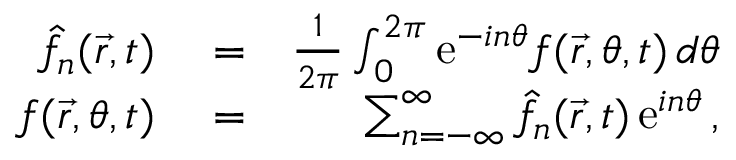
\begin{array} { r l r } { \hat { f } _ { n } ( \vec { r } , t ) } & { { } = } & { { \frac { 1 } { 2 \pi } } \int _ { 0 } ^ { 2 \pi } \mathrm { e } ^ { - i n \theta } f ( \vec { r } , \theta , t ) \, d \theta } \\ { f ( \vec { r } , \theta , t ) } & { { } = } & { \sum _ { n = - \infty } ^ { \infty } \hat { f } _ { n } ( \vec { r } , t ) \, \mathrm { e } ^ { i n \theta } \, , } \end{array}